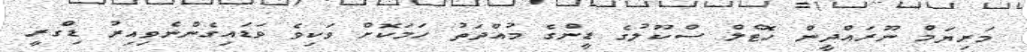
މަރިޔަމް ނޫރައްދީން ހޮޓެލް ސްކޫލުގެ ޑީންގެ މުއްދަތު ހަމަކޮށް ވަކިވެ ވަޑައިގެންނެވިއިރު ޑިގްރީ